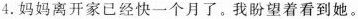
4.妈妈离开家已经快一个月了.我盼望着看到她。